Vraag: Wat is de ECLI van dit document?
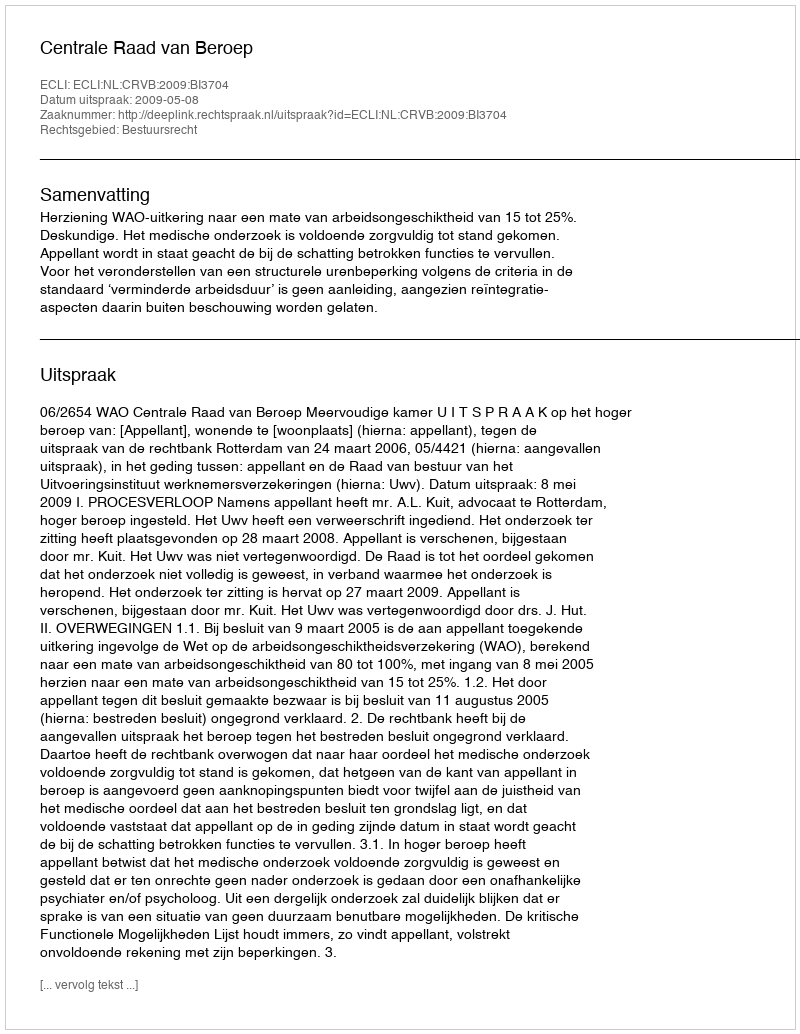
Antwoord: ECLI:NL:CRVB:2009:BI3704